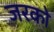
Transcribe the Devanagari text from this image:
जरको